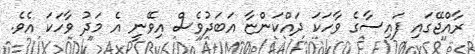
ރާއްޖޭގައި ފައިސާގެ ވާހަކަ ދައްކަންޏާ އަބަދުވެސް އިވޭނީ އެ މަދު ވާހަކަ އެވެ.